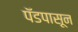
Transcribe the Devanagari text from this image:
पॅडपासून